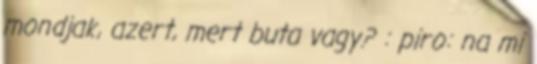
mondjak, azert, mert buta vagy? : piro: na mi